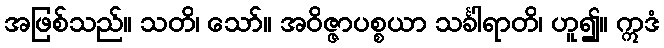
အဖြစ်သည်။ သတိ၊ သော်။ အဝိဇ္ဇာပစ္စယာ သင်္ခါရာတိ၊ ဟူ၍။ ဣဒံ